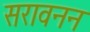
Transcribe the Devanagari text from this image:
सरावनन